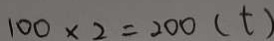
1 0 0 \times 2 = 2 0 0 ( t )